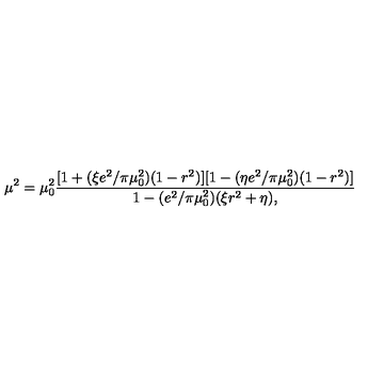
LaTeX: \mu ^ { 2 } = \mu _ { 0 } ^ { 2 } { \frac { [ 1 + ( \xi e ^ { 2 } / \pi \mu _ { 0 } ^ { 2 } ) ( 1 - r ^ { 2 } ) ] [ 1 - ( \eta e ^ { 2 } / \pi \mu _ { 0 } ^ { 2 } ) ( 1 - r ^ { 2 } ) ] } { 1 - ( e ^ { 2 } / \pi \mu _ { 0 } ^ { 2 } ) ( \xi r ^ { 2 } + \eta ) , } }